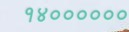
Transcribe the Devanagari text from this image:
१४००००००